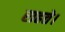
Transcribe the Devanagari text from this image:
राहते।